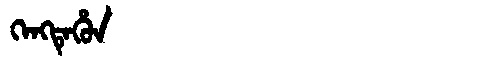
Manchu: ᡴᡝᠩᡨᡝᡥᡠᠨ
Romanization: KENGTEHUN